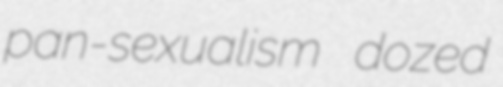
pan-sexualism dozed